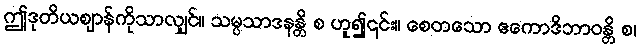
ဤဒုတိယဈာန်ကိုသာလျှင်။ သမ္ပသာဒနန္တိ စ ဟူ၍၎င်း။ စေတသော ဧကောဒိဘာဝန္တိ စ၊